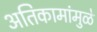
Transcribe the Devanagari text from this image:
अतिकामांमुळे